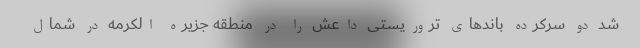
شد دو سرکرده باندهای تروریستی داعش را در منطقه جزیره الکرمه در شمال